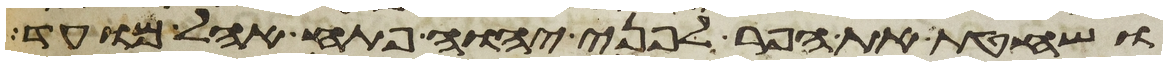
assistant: ושחטת את הפר לפני יהוה פתח אהל מועד